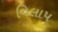
વિલાપ